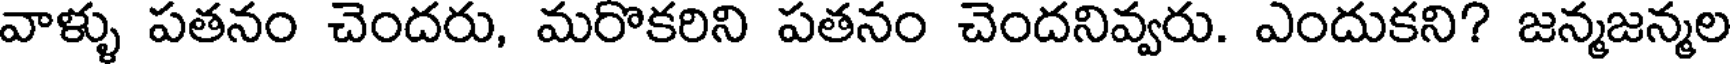
వాళ్ళు పతనం చెందరు, మరొకరిని పతనం చెందనివ్వరు. ఎందుకని? జన్మజన్మల